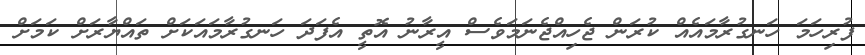
ފުރިހަމަ ހަނގުރާމައެއް ކުރަން ޖެހިއްޖެނަމަވެސް އީރާނު އޮތީ އެފަދަ ހަނގުރާމައަކަށް ތައްޔާރަށް ކަމަށް